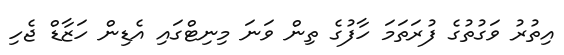
އިތުރު ވަގުތުގެ ފުރަތަމަ ހާފުގެ ތިން ވަނަ މިނިޓްގައި އެޑިން ހަޒާޑް ޖެހި